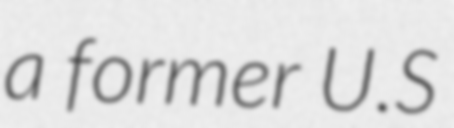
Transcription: a former U.S